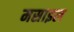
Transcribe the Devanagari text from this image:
मसाइल